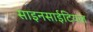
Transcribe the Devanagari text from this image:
साइनसाईटियल